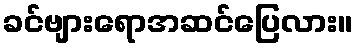
ခင်ဗျားရောအဆင်ပြေလား။